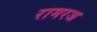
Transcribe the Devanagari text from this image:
रामरज